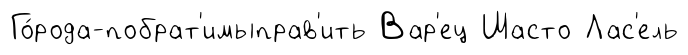
Го́рода-побрат'имыправ'ить Вар'ец Шасто Лас'ель